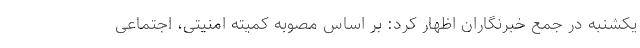
یکشنبه در جمع خبرنگاران اظهار کرد: بر اساس مصوبه کمیته امنیتی، اجتماعی